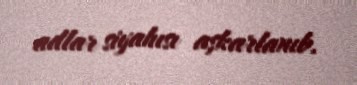
adlar siyahısı aşkarlanıb.